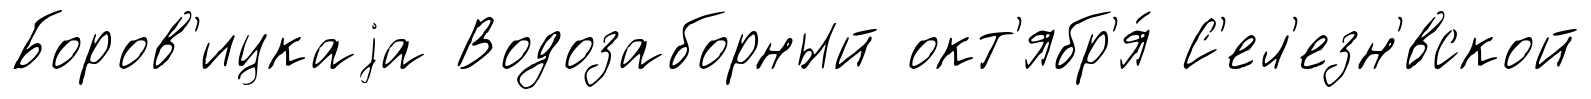
Боров'ицкаjа Водозаборный окт'ябр'я́ С'ел'езн'́вской